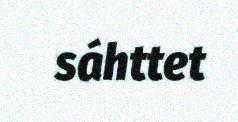
sáhttet